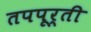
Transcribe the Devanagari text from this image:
तपपूर्ती